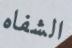
الشفاه